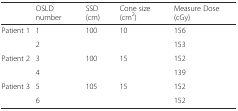
|  | OSLD number | SSD (cm) | Cone size (cm2) | Measure Dose (cGy) |
 | --- | --- | --- | --- | --- |
 | <ROWSPAN=2> Patient 1 | 1 | <ROWSPAN=2> 100 | <ROWSPAN=2> 10 | 156 |
 | 2 | 153 |
 | <ROWSPAN=2> Patient 2 | 3 | <ROWSPAN=2> 100 | <ROWSPAN=2> 15 | 152 |
 | 4 | 139 |
 | <ROWSPAN=2> Patient 3 | 5 | <ROWSPAN=2> 105 | <ROWSPAN=2> 15 | 152 |
 | 6 | 152 |